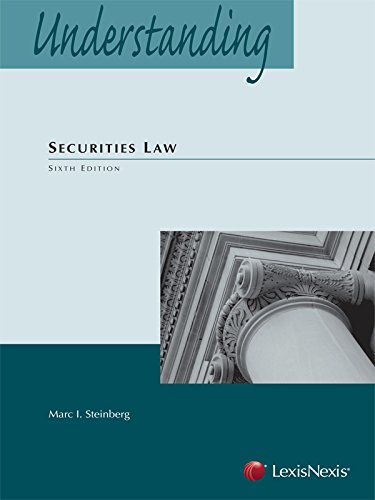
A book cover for Understanding Securities Law (2014); Marc I. Steinberg; Law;